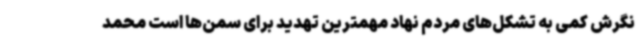
نگرش کمی به تشکل‌های مردم نهاد مهمترین تهدید برای سمن‌ها است محمد